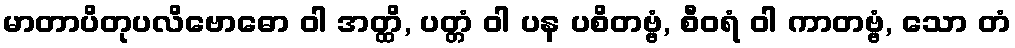
မာတာပိတုပလိဗောဓော ဝါ အတ္ထိ, ပတ္တံ ဝါ ပန ပစိတဗ္ဗံ, စီဝရံ ဝါ ကာတဗ္ဗံ, သော တံ